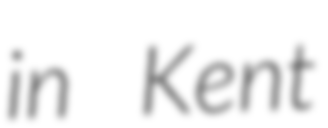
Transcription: in Kent